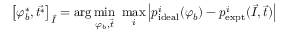
\left[ \varphi _ { b } ^ { \ast } , \vec { t ^ { \ast } } \right] _ { \vec { I } } = \arg \operatorname* { m i n } _ { \varphi _ { b } , \vec { t } } \ \operatorname* { m a x } _ { i } \left\lvert p _ { \mathrm { i d e a l } } ^ { i } ( \varphi _ { b } ) - p _ { \mathrm { e x p t } } ^ { i } ( \vec { I } , \vec { t } ) \right\rvert